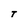
Character: T